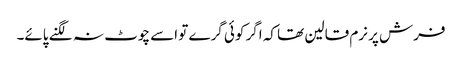
فرش پر نرم قالین تھا کہ اگر کوئی گرے تو اسے چوٹ نہ لگنے پائے۔